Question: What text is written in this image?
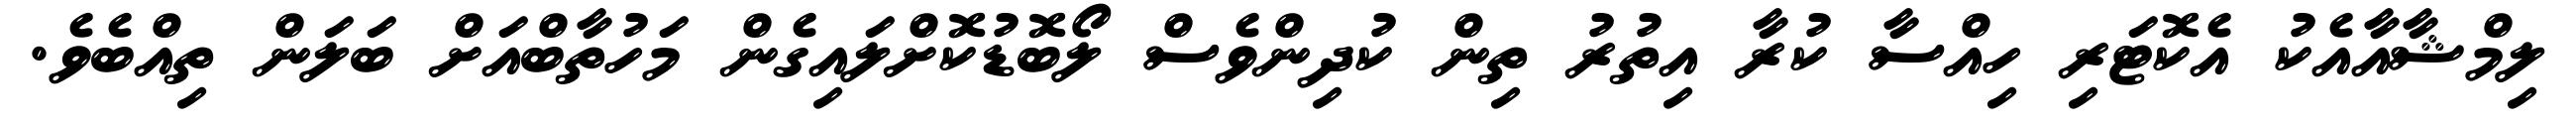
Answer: ލިމްޝާއާއެކު އެކޮޓަރި ހިއްސާ ކުރާ އިތުރު ތިން ކުދިންވެސް ލޯބޮޑުކޮށްލައިގެން މަހުތާބްއަށް ބަލަން ތިއްބެވެ.